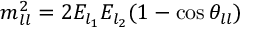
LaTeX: m _ { l l } ^ { 2 } = 2 E _ { l _ { 1 } } E _ { l _ { 2 } } ( 1 - \cos \theta _ { l l } )